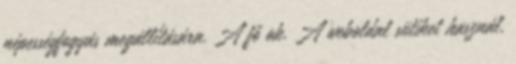
népességfogyás megállítására. A fő ok. A weboldal sütiket használ,